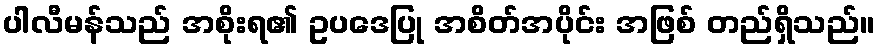
ပါလီမန်သည် အစိုးရ၏ ဥပဒေပြု အစိတ်အပိုင်း အဖြစ် တည်ရှိသည်။